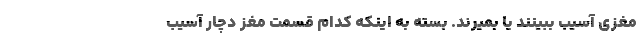
مغزی آسیب ببینند یا بمیرند. بسته به اینکه کدام قسمت مغز دچار آسیب